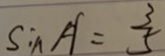
S i n A = \frac { 3 } { 5 }